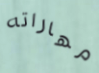
مهاراته